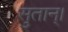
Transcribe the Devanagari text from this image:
सुतान्।